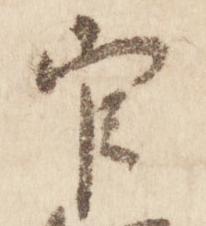
官